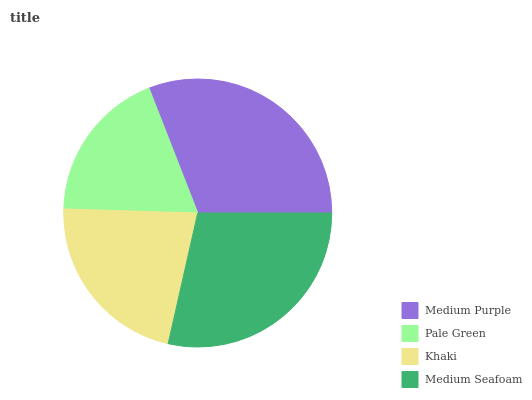
| Medium Purple | Pale Green | Khaki | Medium Seafoam |
 | --- | --- | --- | --- |
 | 30.9% | 18.6% | 22% | 28.5% |